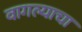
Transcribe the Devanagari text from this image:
वागल्याचा